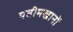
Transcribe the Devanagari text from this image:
यतीमखानों